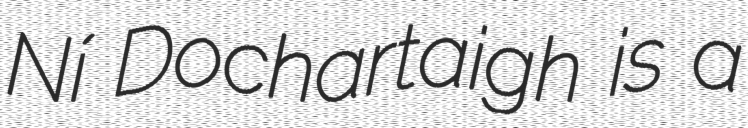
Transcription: Ní Dochartaigh is a